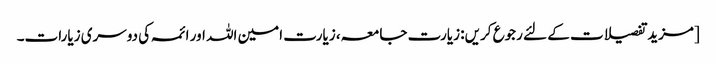
[مزید تفصیلات کے لئے رجوع کریں: زیارت جامعہ، زیارت امین اللہ اور ائمہ کی دوسری زیارات۔